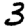
Digit: 3